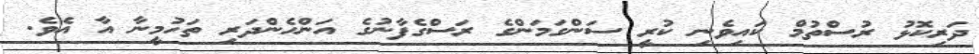
ދަރިކޮޅު ރުސްތުމް ކައިވެނި ކުރީ ސަންގަމަންގެ ރަސްގެފާނުގެ އަންހެންދަރި ތަހުމީނާ އާ އެވެ.